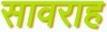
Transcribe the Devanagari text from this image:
सावराह